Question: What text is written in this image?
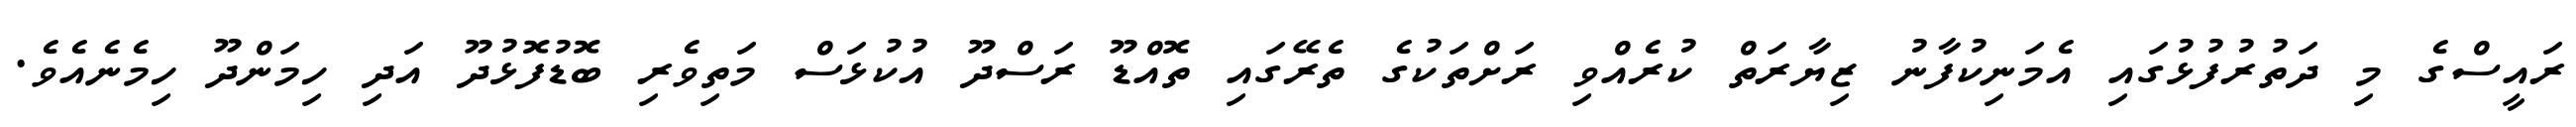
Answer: ރައީސްގެ މި ދަތުރުފުޅުގައި އެމަނިކުފާނު ޒިޔާރަތް ކުރެއްވި ރަށްތަކުގެ ތެރޭގައި ތޮއްޑޫ ރަސްދޫ އުކުޅަސް މަތިވެރި ބޮޑުފޮޅުދޫ އަދި ހިމަންދޫ ހިމެނެއެވެ.